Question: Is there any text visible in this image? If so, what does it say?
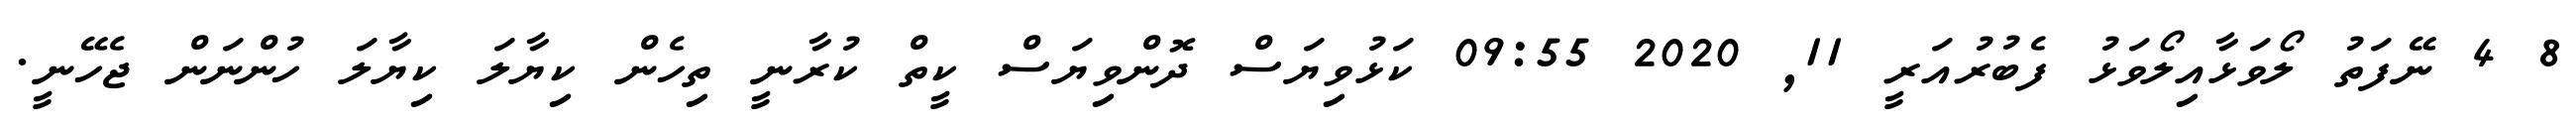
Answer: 8 4 ނޭފަތު ލޯވަޅާއިލޯވަޅު ފެބުރުއަރީ 11, 2020 09:55 ކަޅުވިޔަސް ދޮންވިޔަސް ކީތް ކުރާނީ ތިހެން ކިޔާލަ ކިޔާލަ ހުންނަން ޖެހޭނީ.